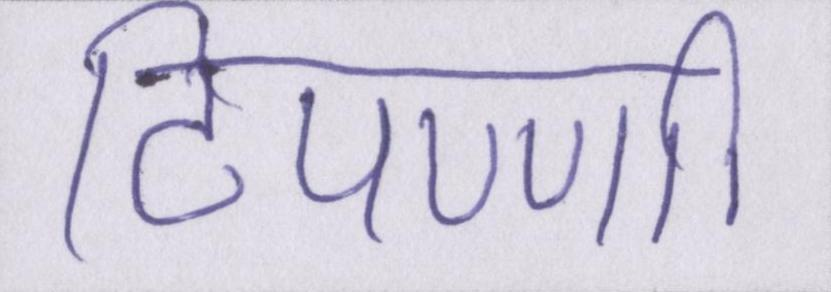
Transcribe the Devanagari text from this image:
टिपण्णी